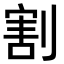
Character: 割